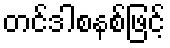
တင်ဒါစနစ်ဖြင့်